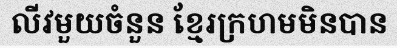
លីវមួយចំនួន ខ្មែរក្រហមមិនបាន